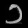
Digit: ၁